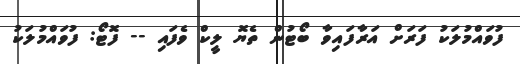
ފުވައްމުލަކު ފަރަށް އަރާފައިވާ ބޯޓުން ތެޔޮ ލީކް ވެފައި -- ފޮޓޯ: ފުވައްމުލަކު